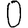
Digit: 0